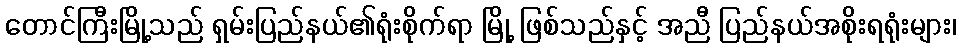
တောင်ကြီးမြို့သည် ရှမ်းပြည်နယ်၏ရုံးစိုက်ရာ မြို့ ဖြစ်သည်နှင့် အညီ ပြည်နယ်အစိုးရရုံးများ၊